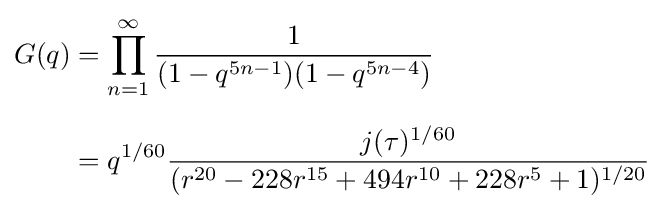
{\begin{aligned}G(q)&=\prod _{n=1}^{\infty }{\frac {1}{(1-q^{5n-1})(1-q^{5n-4})}}\\[6pt]&=q^{1/60}{\frac {j(\tau )^{1/60}}{(r^{20}-228r^{15}+494r^{10}+228r^{5}+1)^{1/20}}}\end{aligned}}